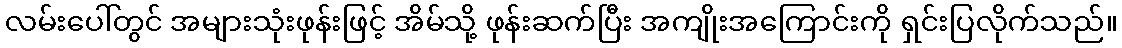
လမ်းပေါ်တွင် အများသုံးဖုန်းဖြင့် အိမ်သို့ ဖုန်းဆက်ပြီး အကျိုးအကြောင်းကို ရှင်းပြလိုက်သည်။